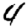
Digit: 4